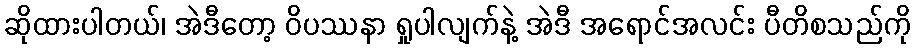
ဆိုထားပါတယ်၊ အဲဒီတော့ ဝိပဿနာ ရှုပါလျက်နဲ့ အဲဒီ အရောင်အလင်း ပီတိစသည်ကို